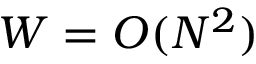
W = { \cal O } ( N ^ { 2 } )